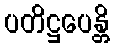
ပတိဋ္ဌပေန္တိ